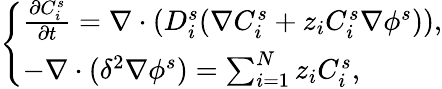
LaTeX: \left\{ \begin{array}{l}{\frac{\partial C_{i}^{s}}{\partial t}=\nabla\cdot(D_{i}^{s}(\nabla C_{i}^{s}+z_{i}C_{i}^{s}\nabla\phi^{s})),}\\ {-\nabla\cdot(\delta^{2}\nabla\phi^{s})=\sum_{i=1}^{N}z_{i}C_{i}^{s},}\end{array}\right.